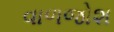
વાળજોશ